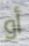
أو